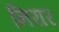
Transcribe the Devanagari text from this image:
निरार